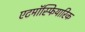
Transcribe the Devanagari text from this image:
एटमॉस्फियारिक